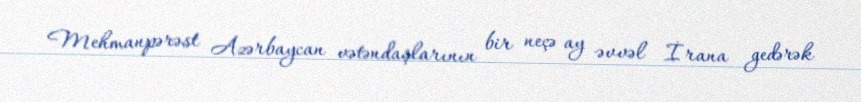
Mehmanpərəst Azərbaycan vətəndaşlarının bir neçə ay əvvəl İrana gedərək